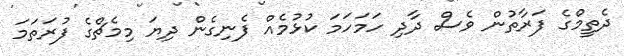
ދެތީމްގެ ފަރާތުން ވެސް ދާދި ހަމަހަމަ ކުޅުމެއް ފެނިގެން ދިޔަ މިމެޗްގެ ފުރަތަމަ